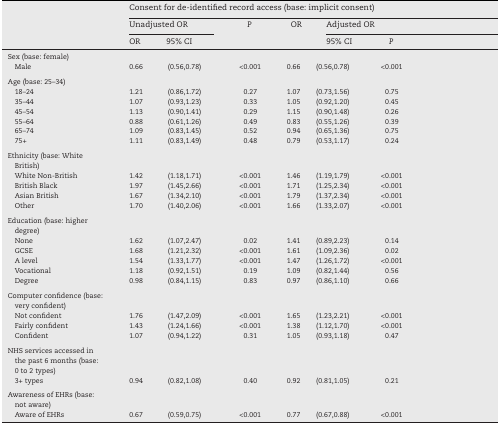
<table><thead><tr><td rowspan="3">[EMPTY_CELL]</td><td colspan="6"><b>Consent for de-identified record access (base: implicit consent)</b></td></tr><tr><td colspan="2"><b>Unadjusted OR</b></td><td rowspan="2"><b><i>P</i></b></td><td rowspan="2"><b>OR</b></td><td colspan="2"><b>Adjusted OR</b></td></tr><tr><td><b>OR</b></td><td><b>95% CI</b></td><td><b>95% CI</b></td><td><b><i>P</i></b></td></tr></thead><tbody><tr><td>Sex (base: female)</td><td>[EMPTY_CELL]</td><td>[EMPTY_CELL]</td><td>[EMPTY_CELL]</td><td>[EMPTY_CELL]</td><td>[EMPTY_CELL]</td><td>[EMPTY_CELL]</td></tr><tr><td> Male</td><td>0.66</td><td>(0.56,0.78)</td><td>&lt;0.001</td><td>0.66</td><td>(0.56,0.78)</td><td>&lt;0.001</td></tr><tr><td colspan="7">[EMPTY_CELL]</td></tr><tr><td>Age (base: 25–34)</td><td>[EMPTY_CELL]</td><td>[EMPTY_CELL]</td><td>[EMPTY_CELL]</td><td>[EMPTY_CELL]</td><td>[EMPTY_CELL]</td><td>[EMPTY_CELL]</td></tr><tr><td> 18–24</td><td>1.21</td><td>(0.86,1.72)</td><td>0.27</td><td>1.07</td><td>(0.73,1.56)</td><td>0.75</td></tr><tr><td> 35–44</td><td>1.07</td><td>(0.93,1.23)</td><td>0.33</td><td>1.05</td><td>(0.92,1.20)</td><td>0.45</td></tr><tr><td> 45–54</td><td>1.13</td><td>(0.90,1.41)</td><td>0.29</td><td>1.15</td><td>(0.90,1.48)</td><td>0.26</td></tr><tr><td> 55–64</td><td>0.88</td><td>(0.61,1.26)</td><td>0.49</td><td>0.83</td><td>(0.55,1.26)</td><td>0.39</td></tr><tr><td> 65–74</td><td>1.09</td><td>(0.83,1.45)</td><td>0.52</td><td>0.94</td><td>(0.65,1.36)</td><td>0.75</td></tr><tr><td> 75+</td><td>1.11</td><td>(0.83,1.49)</td><td>0.48</td><td>0.79</td><td>(0.53,1.17)</td><td>0.24</td></tr><tr><td colspan="7">[EMPTY_CELL]</td></tr><tr><td>Ethnicity (base: White British)</td><td>[EMPTY_CELL]</td><td>[EMPTY_CELL]</td><td>[EMPTY_CELL]</td><td>[EMPTY_CELL]</td><td>[EMPTY_CELL]</td><td>[EMPTY_CELL]</td></tr><tr><td> White Non-British</td><td>1.42</td><td>(1.18,1.71)</td><td>&lt;0.001</td><td>1.46</td><td>(1.19,1.79)</td><td>&lt;0.001</td></tr><tr><td> British Black</td><td>1.97</td><td>(1.45,2.66)</td><td>&lt;0.001</td><td>1.71</td><td>(1.25,2.34)</td><td>&lt;0.001</td></tr><tr><td> Asian British</td><td>1.67</td><td>(1.34,2.10)</td><td>&lt;0.001</td><td>1.79</td><td>(1.37,2.34)</td><td>&lt;0.001</td></tr><tr><td> Other</td><td>1.70</td><td>(1.40,2.06)</td><td>&lt;0.001</td><td>1.66</td><td>(1.33,2.07)</td><td>&lt;0.001</td></tr><tr><td colspan="7">[EMPTY_CELL]</td></tr><tr><td>Education (base: higher degree)</td><td>[EMPTY_CELL]</td><td>[EMPTY_CELL]</td><td>[EMPTY_CELL]</td><td>[EMPTY_CELL]</td><td>[EMPTY_CELL]</td><td>[EMPTY_CELL]</td></tr><tr><td> None</td><td>1.62</td><td>(1.07,2.47)</td><td>0.02</td><td>1.41</td><td>(0.89,2.23)</td><td>0.14</td></tr><tr><td> GCSE</td><td>1.68</td><td>(1.21,2.32)</td><td>&lt;0.001</td><td>1.61</td><td>(1.09,2.36)</td><td>0.02</td></tr><tr><td> A level</td><td>1.54</td><td>(1.33,1.77)</td><td>&lt;0.001</td><td>1.47</td><td>(1.26,1.72)</td><td>&lt;0.001</td></tr><tr><td> Vocational</td><td>1.18</td><td>(0.92,1.51)</td><td>0.19</td><td>1.09</td><td>(0.82,1.44)</td><td>0.56</td></tr><tr><td> Degree</td><td>0.98</td><td>(0.84,1.15)</td><td>0.83</td><td>0.97</td><td>(0.86,1.10)</td><td>0.66</td></tr><tr><td colspan="7">[EMPTY_CELL]</td></tr><tr><td>Computer confidence (base: very confident)</td><td>[EMPTY_CELL]</td><td>[EMPTY_CELL]</td><td>[EMPTY_CELL]</td><td>[EMPTY_CELL]</td><td>[EMPTY_CELL]</td><td>[EMPTY_CELL]</td></tr><tr><td> Not confident</td><td>1.76</td><td>(1.47,2.09)</td><td>&lt;0.001</td><td>1.65</td><td>(1.23,2.21)</td><td>&lt;0.001</td></tr><tr><td> Fairly confident</td><td>1.43</td><td>(1.24,1.66)</td><td>&lt;0.001</td><td>1.38</td><td>(1.12,1.70)</td><td>&lt;0.001</td></tr><tr><td> Confident</td><td>1.07</td><td>(0.94,1.22)</td><td>0.31</td><td>1.05</td><td>(0.93,1.18)</td><td>0.47</td></tr><tr><td colspan="7">[EMPTY_CELL]</td></tr><tr><td>NHS services accessed in the past 6 months (base: 0 to 2 types)</td><td>[EMPTY_CELL]</td><td>[EMPTY_CELL]</td><td>[EMPTY_CELL]</td><td>[EMPTY_CELL]</td><td>[EMPTY_CELL]</td><td>[EMPTY_CELL]</td></tr><tr><td> 3+ types</td><td>0.94</td><td>(0.82,1.08)</td><td>0.40</td><td>0.92</td><td>(0.81,1.05)</td><td>0.21</td></tr><tr><td colspan="7">[EMPTY_CELL]</td></tr><tr><td>Awareness of EHRs (base: not aware)</td><td>[EMPTY_CELL]</td><td>[EMPTY_CELL]</td><td>[EMPTY_CELL]</td><td>[EMPTY_CELL]</td><td>[EMPTY_CELL]</td><td>[EMPTY_CELL]</td></tr><tr><td> Aware of EHRs</td><td>0.67</td><td>(0.59,0.75)</td><td>&lt;0.001</td><td>0.77</td><td>(0.67,0.88)</td><td>&lt;0.001</td></tr></tbody></table>